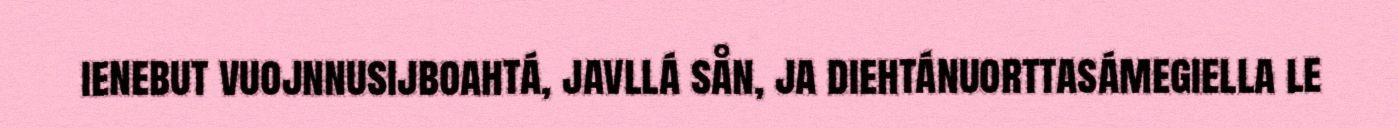
ienebut vuojnnusijboahtá, javllá sån, ja diehtánuorttasámegiella le